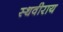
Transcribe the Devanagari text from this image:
स्थवीराय